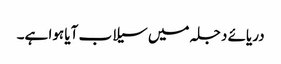
دریائے دجلہ میں سیلاب آیا ہوا ہے۔